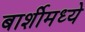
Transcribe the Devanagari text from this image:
बार्शीमध्ये